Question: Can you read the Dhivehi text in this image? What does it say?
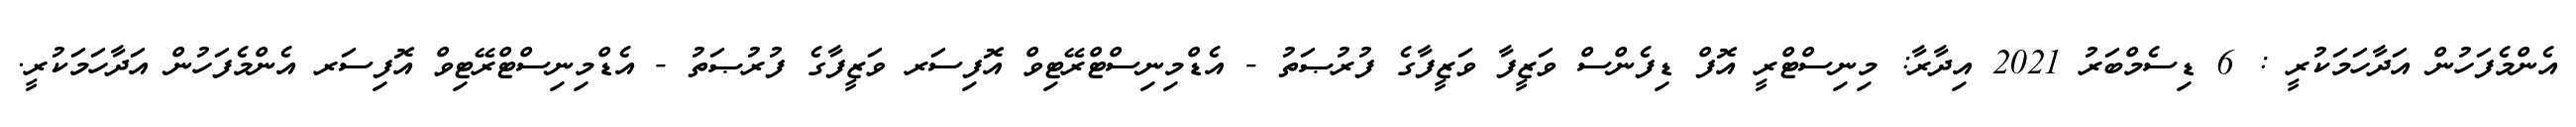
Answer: އެންމެފަހުން އަދާހަމަކުރީ : 6 ޑިސެމްބަރު 2021 އިދާރާ: މިނިސްޓްރީ އޮފް ޑިފެންސް ވަޒީފާ ވަޒީފާގެ ފުރުޞަތު - އެޑްމިނިސްޓްރޭޓިވް އޮފިސަރ ވަޒީފާގެ ފުރުޞަތު - އެޑްމިނިސްޓްރޭޓިވް އޮފިސަރ އެންމެފަހުން އަދާހަމަކުރީ.